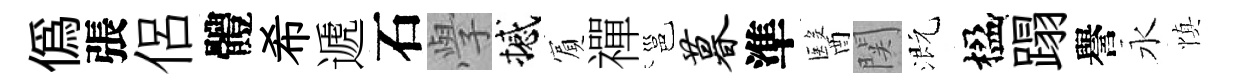
偽張侶體希遞石𭓕撼賔禪邕暮準醫関溉楹蹋譽永慎